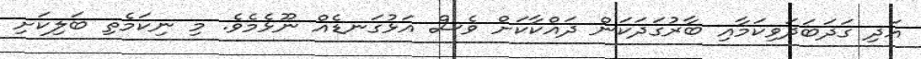
އަދި ގަދަބަދަވިކަމާއި ބާރުގަދަކަން ދައްކާކަށް ވެސް އަޅުގަނޑެއް ނޫޅެމެވެ. މި ނިކަމެތި ބަލިކަށި